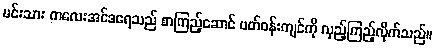
မင်းသား ကလေးအင်ဒရေသည် စာကြည့်ဆောင် ပတ်ဝန်းကျင်ကို လှည့်ကြည့်လိုက်သည်။